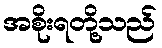
အစိုးရတို့သည်